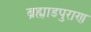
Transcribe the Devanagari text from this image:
ब्रह्मा़डपुराण